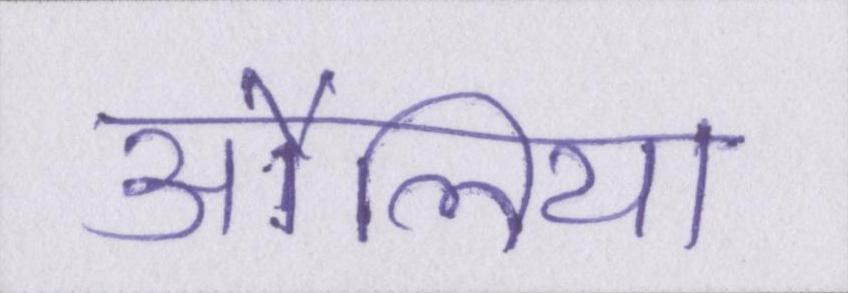
औलिया